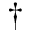
^ { \dagger }